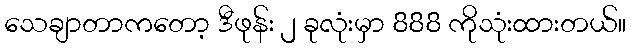
သေချာတာကတော့ ဒီဖုန်း ၂ ခုလုံးမှာ 888 ကိုသုံးထားတယ်။